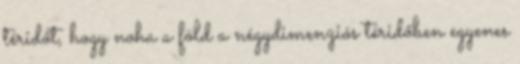
téridőt, hogy noha a föld a négydimenziós téridőben egyenes